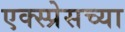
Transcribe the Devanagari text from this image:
एक्स्प्रेसच्या